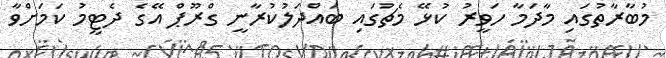
މުބާރާތުގައި މާދަމާ ހަވީރު ކުޅޭ މެޗުގައި ބައްދަލުކުރާނީ ގްރޫޕް އޭގެ ދެޓީމު ކަމަށްވާ